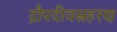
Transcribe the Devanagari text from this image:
द्रौपदीवस्त्रहरण